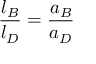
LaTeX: { \frac { l _ { B } } { l _ { D } } } = { \frac { a _ { B } } { a _ { D } } }